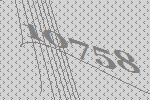
10758